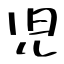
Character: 児